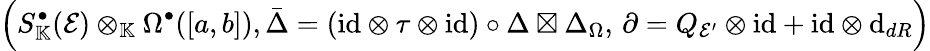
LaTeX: \left(S_{\mathbb{K}}^{\bullet}(\mathcal{E})\otimes_{\mathbb{K}}\Omega^{\bullet}([a,b]),\bar{\Delta}=(\mathrm{id}\otimes\tau\otimes\mathrm{id})\circ\Delta\boxtimes\Delta_{\Omega},\, \partial=Q_{\mathcal{E}^{\prime}}\otimes\mathrm{id}+\mathrm{id}\otimes\mathrm{d}_{{dR}}\right)